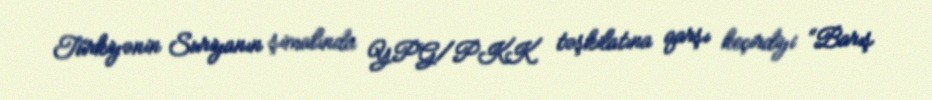
Türkiyənin Suriyanın şimalında YPG/PKK təşkilatına qarşı keçirdiyi “Barış